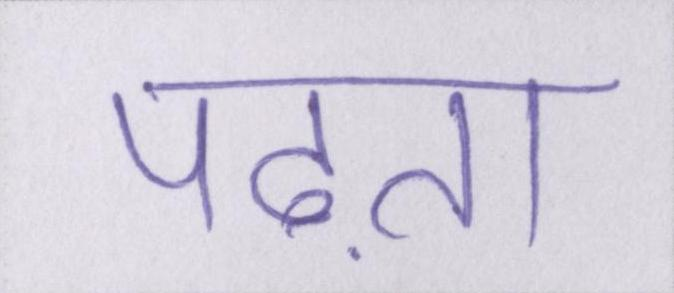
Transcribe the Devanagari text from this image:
पढ़ता